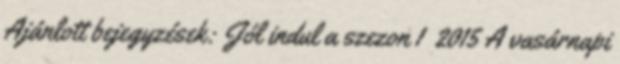
Ajánlott bejegyzések: Jól indul a szezon 1 2015 A vasárnapi